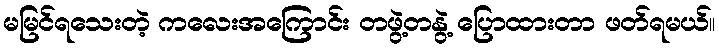
မမြင်ရသေးတဲ့ ကလေးအကြောင်း တဖွဲ့တနွဲ့ ပြောထားတာ ဖတ်ရမယ်။